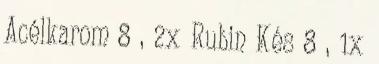
Acélkarom 8 , 2x Rubin Kés 8 , 1x